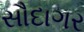
સૌદાગર